Vaccination United Provinces of Agra and Oudh 1923-1928 - 1923-1928
Year: 1923
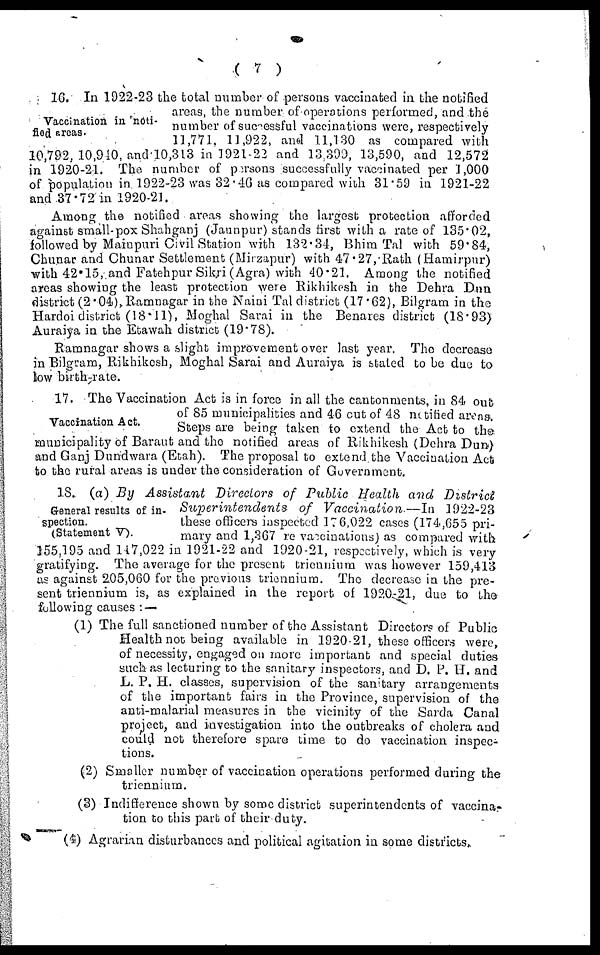
( 7 )
Vaccination in noti-
fied areas.
16. In 1922-23 the total number of persons vaccinated in the notified
areas, the number of operations performed, and the
number of successful vaccinations were, respectively
11,771. 11,922, and 11,130 as compared with
10,792, 10,910. and 10,313 in 1921-22 and 13,399, 13,590, and 12,572
in 1920-21. The number of persons sucessfully vaccinated per 1 ,000
of population in 1922-23 was 32.46 as compared with 31.59 in 1921-22
and 37.72 in 1920-21.
Among the notified areas showing the largest protection afforded
against small-pox Shahganj (Jaunpur) stands first with a rate of 135.02,
followed by Mainpuri Civil Station with 132.34, Bhim Tal with 59.84,
Chunar and Chunar Settlement (Mirzapur) with 47.27, Rath (Hamirpur)
with 42.15, and Fatehpur Sikri (Agra) with 40.21. Among the notified
areas showing the least protection were Rikhikesh in the Dehra Dun
district (2.04), Ramnagar in the Naini Tal district (17.62), Bilgram in the
Hardoi district (18.11), Moghal Sarai in the Benares district (18.93)
Auraiya in the Etawah district (19.78).
Ramnagar shows a slight improvement over last year. The decrease
in Bilgram, Rikhikesh, Moghal Sarai and Auraiya is stated to be due to
low bath-rate.
Vaccination Act.
17. The Vaccination Act is in force in all the cantonments, in 84 out
of 85 municipalities and 46 cut of 48 notified areas.
Steps are being taken to extend the Act to the
municipality of Baraut and the notified areas of Rikhikesh (Dehra Dun)
and Ganj Dundwara (Etah). The proposal to extend the Vaccination Act
to the rural areas is under the consideration of Government.
General results of in-
spection.
(Statement V).
18. (a) By Assistant
Directors of Public Health and
District
Superintendents
of Vaccination—In
1922-23
these officers inspcetcd 176.022 cases (174,655 pri-
mary and 1,367 re-vaccinations) as compared with
155,195 and 147,022 in 1921-22 and 1920-21, respectively, which is very
gratifying. The average for the present triennium was however 159,413
as against 205,060 for the previous triennium. The decrease in the pre-
sent triennium is, as explained in the report of 1920-21, due to the
following causes : —
(1) The full sanctioned number of the Assistant Directors of Public
Health not being available in 1920-21, these officers were,
of necessity, engaged on more important and special duties
such as lecturing to the sanitary inspectors, and D. P.H. and
D. P. H. classes, supervision of the sanitary arrangements
of the important fairs in the Province, supervision of the
anti-malarial measures in the vicinity of the Sarda Canal
project, and investigation into the outbreaks of cholera and
could not therefore spare time to do vaccination inspec-
tions.
(2) Smaller number of vaccination operations performed during the
triennium.
(3) Indifference shown by some district superintendents of vaccina-
tion to this part of their duty.
(4) Agrarian disturbances and political agitation in some districts.